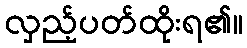
လှည့်ပတ်ထိုးရ၏။